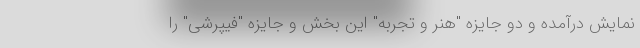
نمایش درآمده و دو جایزه "هنر و تجربه" این بخش و جایزه "فیپرشی" را